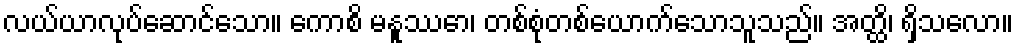
လယ်ယာလုပ်ဆောင်သော။ ကောစိ မနူဿော၊ တစ်စုံတစ်ယောက်သောသူသည်။ အတ္ထိ၊ ရှိသလော။